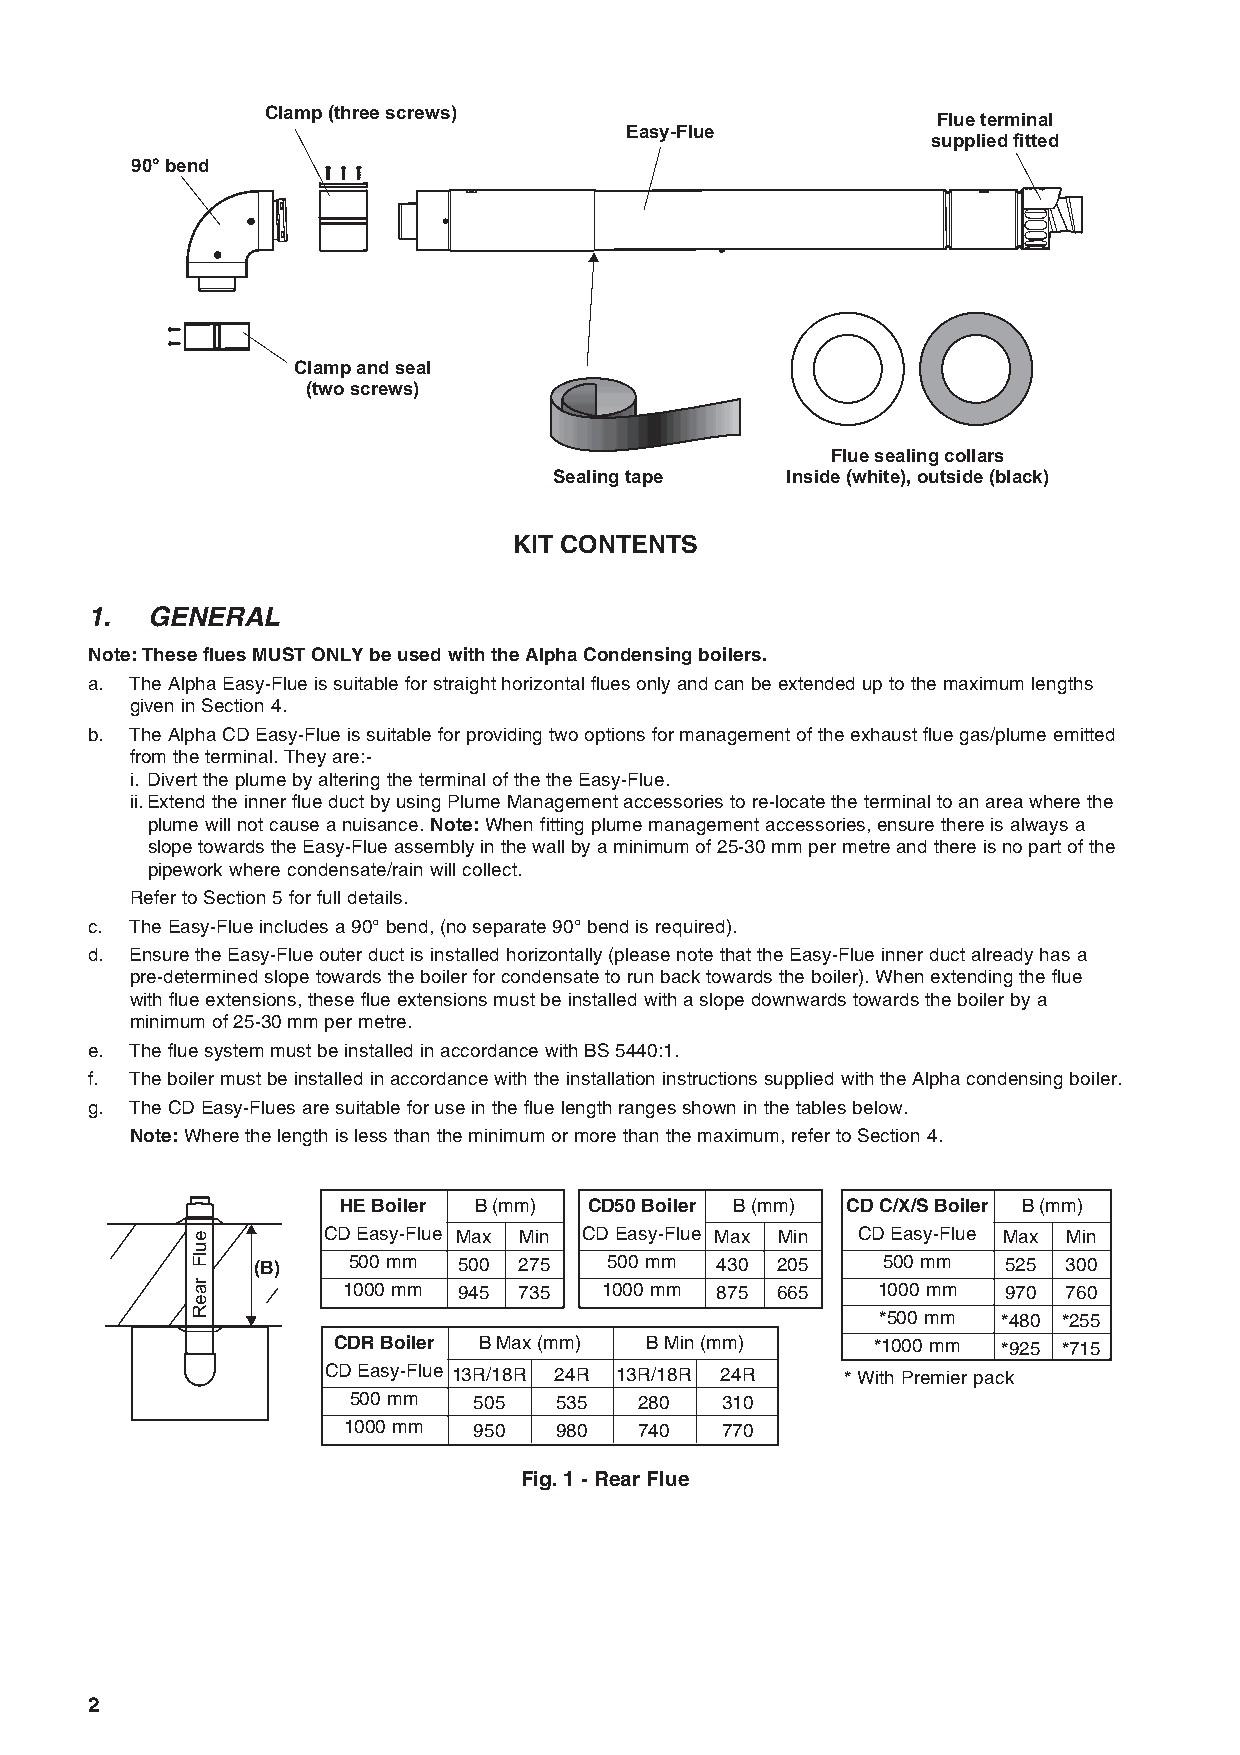
Clamp (three screws)
 Flue terminal
 Easy-Flue
 supplied fitted
 90° bend
 Clamp and seal
 (two screws)
 Flue sealing collars
 Sealing tape   Inside (white), outside (black)
 KIT CONTENTS
 1.  GENERAL
 Note: These flues MUST ONLY be used with the Alpha Condensing boilers.
 a. The Alpha Easy-Flue is suitable for straight horizontal flues only and can be extended up to the maximum lengths
 given in Section 4.
 b. The Alpha CD Easy-Flue is suitable for providing two options for management of the exhaust flue gas/plume emitted
 from the terminal. They are:-
 i. Divert the plume by altering the terminal of the the Easy-Flue.
 ii.Extend the inner flue duct by using Plume Management accessories to re-locate the terminal to an area where the
 plume will not cause a nuisance. Note: When fitting plume management accessories, ensure there is always a
 slope towards the Easy-Flue assembly in the wall by a minimum of 25-30 mm per metre and there is no part of the
 pipework where condensate/rain will collect.
 Refer to Section 5 for full details.
 c. The Easy-Flue includes a 90° bend, (no separate 90° bend is required).
 d. Ensure the Easy-Flue outer duct is installed horizontally (please note that the Easy-Flue inner duct already has a
 pre-determined slope towards the boiler for condensate to run back towards the boiler). When extending the flue
 with flue extensions, these flue extensions must be installed with a slope downwards towards the boiler by a
 minimum of 25-30 mm per metre.
 e. The flue system must be installed in accordance with BS 5440:1.
 f. The boiler must be installed in accordance with the installation instructions supplied with the Alpha condensing boiler.
 g. The CD Easy-Flues are suitable for use in the flue length ranges shown in the tables below.
 Note: Where the length is less than the minimum or more than the maximum, refer to Section 4.
 HE Boiler B (mm) CD50 Boiler B (mm) CD C/X/S Boiler B (mm)
 e       CD Easy-Flue Max Min CD Easy-Flue Max Min CD Easy-Flue Max Min
 u
 Fl  (B)   500 mm 500 275   500 mm 430 205    500 mm   525 300
 ar        1000 mm 945 735  1000 mm 875 665   1000 mm  970 760
 e
 R                                            *500 mm *480 *255
 CDR Boiler B Max (mm) B Min (mm)    *1000 mm *925 *715
 CD Easy-Flue 13R/18R 24R 13R/18R 24R * With Premier pack
 500 mm  505   535  280   310
 1000 mm 950   980  740   770
 Fig. 1 - Rear Flue
 2